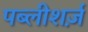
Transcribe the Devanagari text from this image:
पब्लीशर्ज़